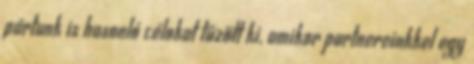
pártunk is hasonló célokat tűzött ki, amikor partnereinkkel egy